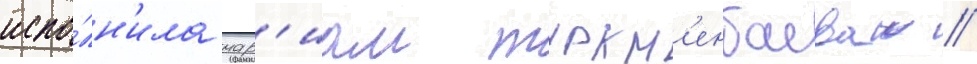
испо́лн'ила мар'иам туркм'енбаева //